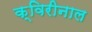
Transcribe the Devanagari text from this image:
क्विरीनाल